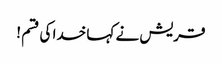
قریش نے کہا خدا کی قسم !